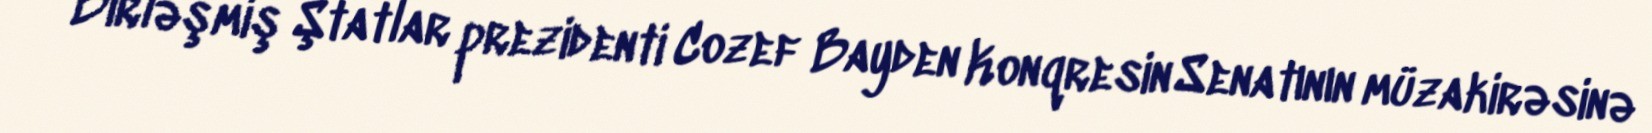
Birləşmiş Ştatlar prezidenti Cozef Bayden Konqresin Senatının müzakirəsinə